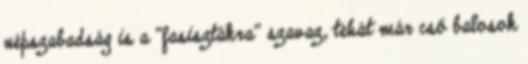
népszabadság is a "fasisztákra" szavaz, tehát már cső balosok